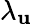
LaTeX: \lambda_{\mathbf{u}}